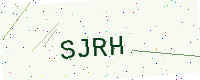
Text: SJRH